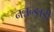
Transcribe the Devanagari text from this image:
नन्नन्ङाडी